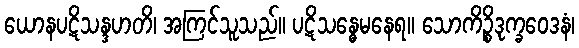
ယောနပဋိသန္ဒဟတိ၊ အကြင်သူသည်။ ပဋိသန္ဓေမနေရ။ သောကိဉ္စိဒုက္ခဝေဒနံ၊